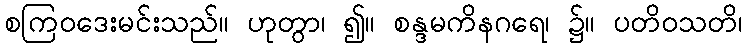
စကြဝဒေးမင်းသည်။ ဟုတွာ၊ ၍။ စန္ဒမကိနဂရေ၊ ၌။ ပတိဝသတိ၊